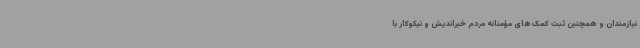
نیازمندان و همچنین ثبت کمک‌های مؤمنانه مردم خیراندیش و نیکوکار با